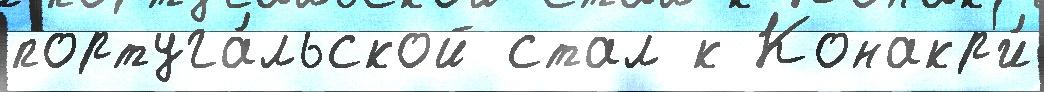
португа́льской стал к Конакр'и́